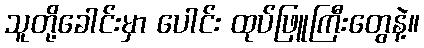
သူတို့ခေါင်းမှာ ပေါင်း ထုပ်ဖြူကြီးတွေနဲ့။